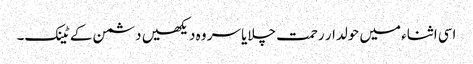
اسی اثناء میں حولدار رحمت چلایا سر وہ دیکھیں دشمن کے ٹینک۔